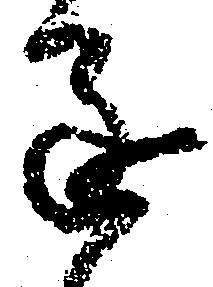
進